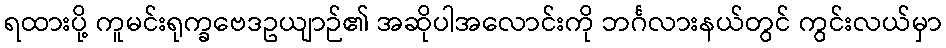
ရထားပို့ ကူမင်းရုက္ခဗေဒဥယျာဉ်၏ အဆိုပါအလောင်းကို ဘင်္ဂလားနယ်တွင် ကွင်းလယ်မှာ